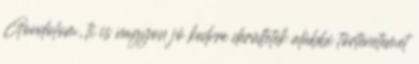
Gondolom, ti is nagyon jó kedvre derültetek alábbi történetemet